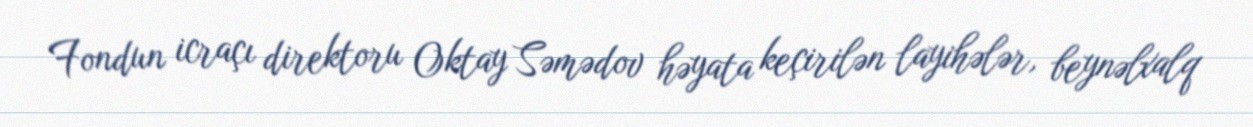
Fondun icraçı direktoru Oktay Səmədov həyata keçirilən layihələr, beynəlxalq